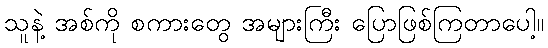
သူနဲ့ အစ်ကို စကားတွေ အများကြီး ပြောဖြစ်ကြတာပေါ့။